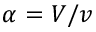
\alpha = V / v